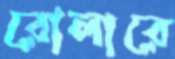
রোলারে